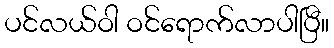
ပင်လယ်ဝါ ဝင်ရောက်လာပါပြီ။